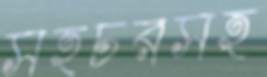
সহচরসহ